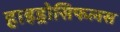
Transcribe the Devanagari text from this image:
हाइड्रोसिफलस